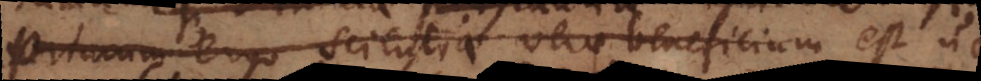
Primum ergo scientiae verae beneficium est ut